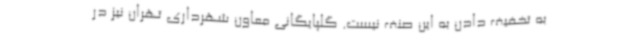
به تخفیف دادن به این صنف نیست. گلپایگانی معاون شهرداری تهران نیز در